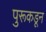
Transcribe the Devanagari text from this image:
पुरूकडून